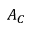
A _ { C }